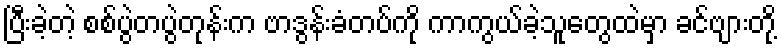
ပြီးခဲ့တဲ့ စစ်ပွဲတပွဲတုန်းက ဗာဒွန်းခံတပ်ကို ကာကွယ်ခဲ့သူတွေထဲမှာ ခင်ဗျားတို့